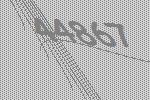
44867